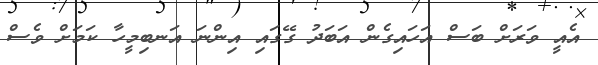
އެއީ ވަރަށް ބަސް އަހައިގެން އަބަދުު ގޭގައި އިންނަ އަނބިމީހާ ކަމަށް ވެސް